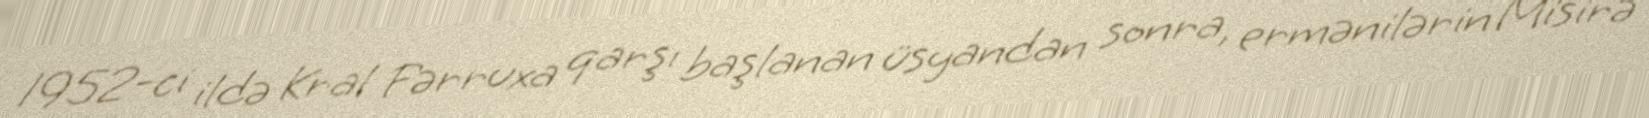
1952-ci ildə Kral Fərruxa qarşı başlanan üsyandan sonra, ermənilərin Misirə